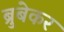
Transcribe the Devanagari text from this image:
ब्रुबेकर